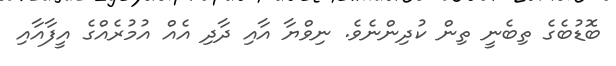
ބޮޑުބެގެ ތިބެނީ ތިން ކުދިންނެވެ. ނިވްޔާ އާއި ދާދި އެއް އުމުރެއްގެ އީފާއާއި